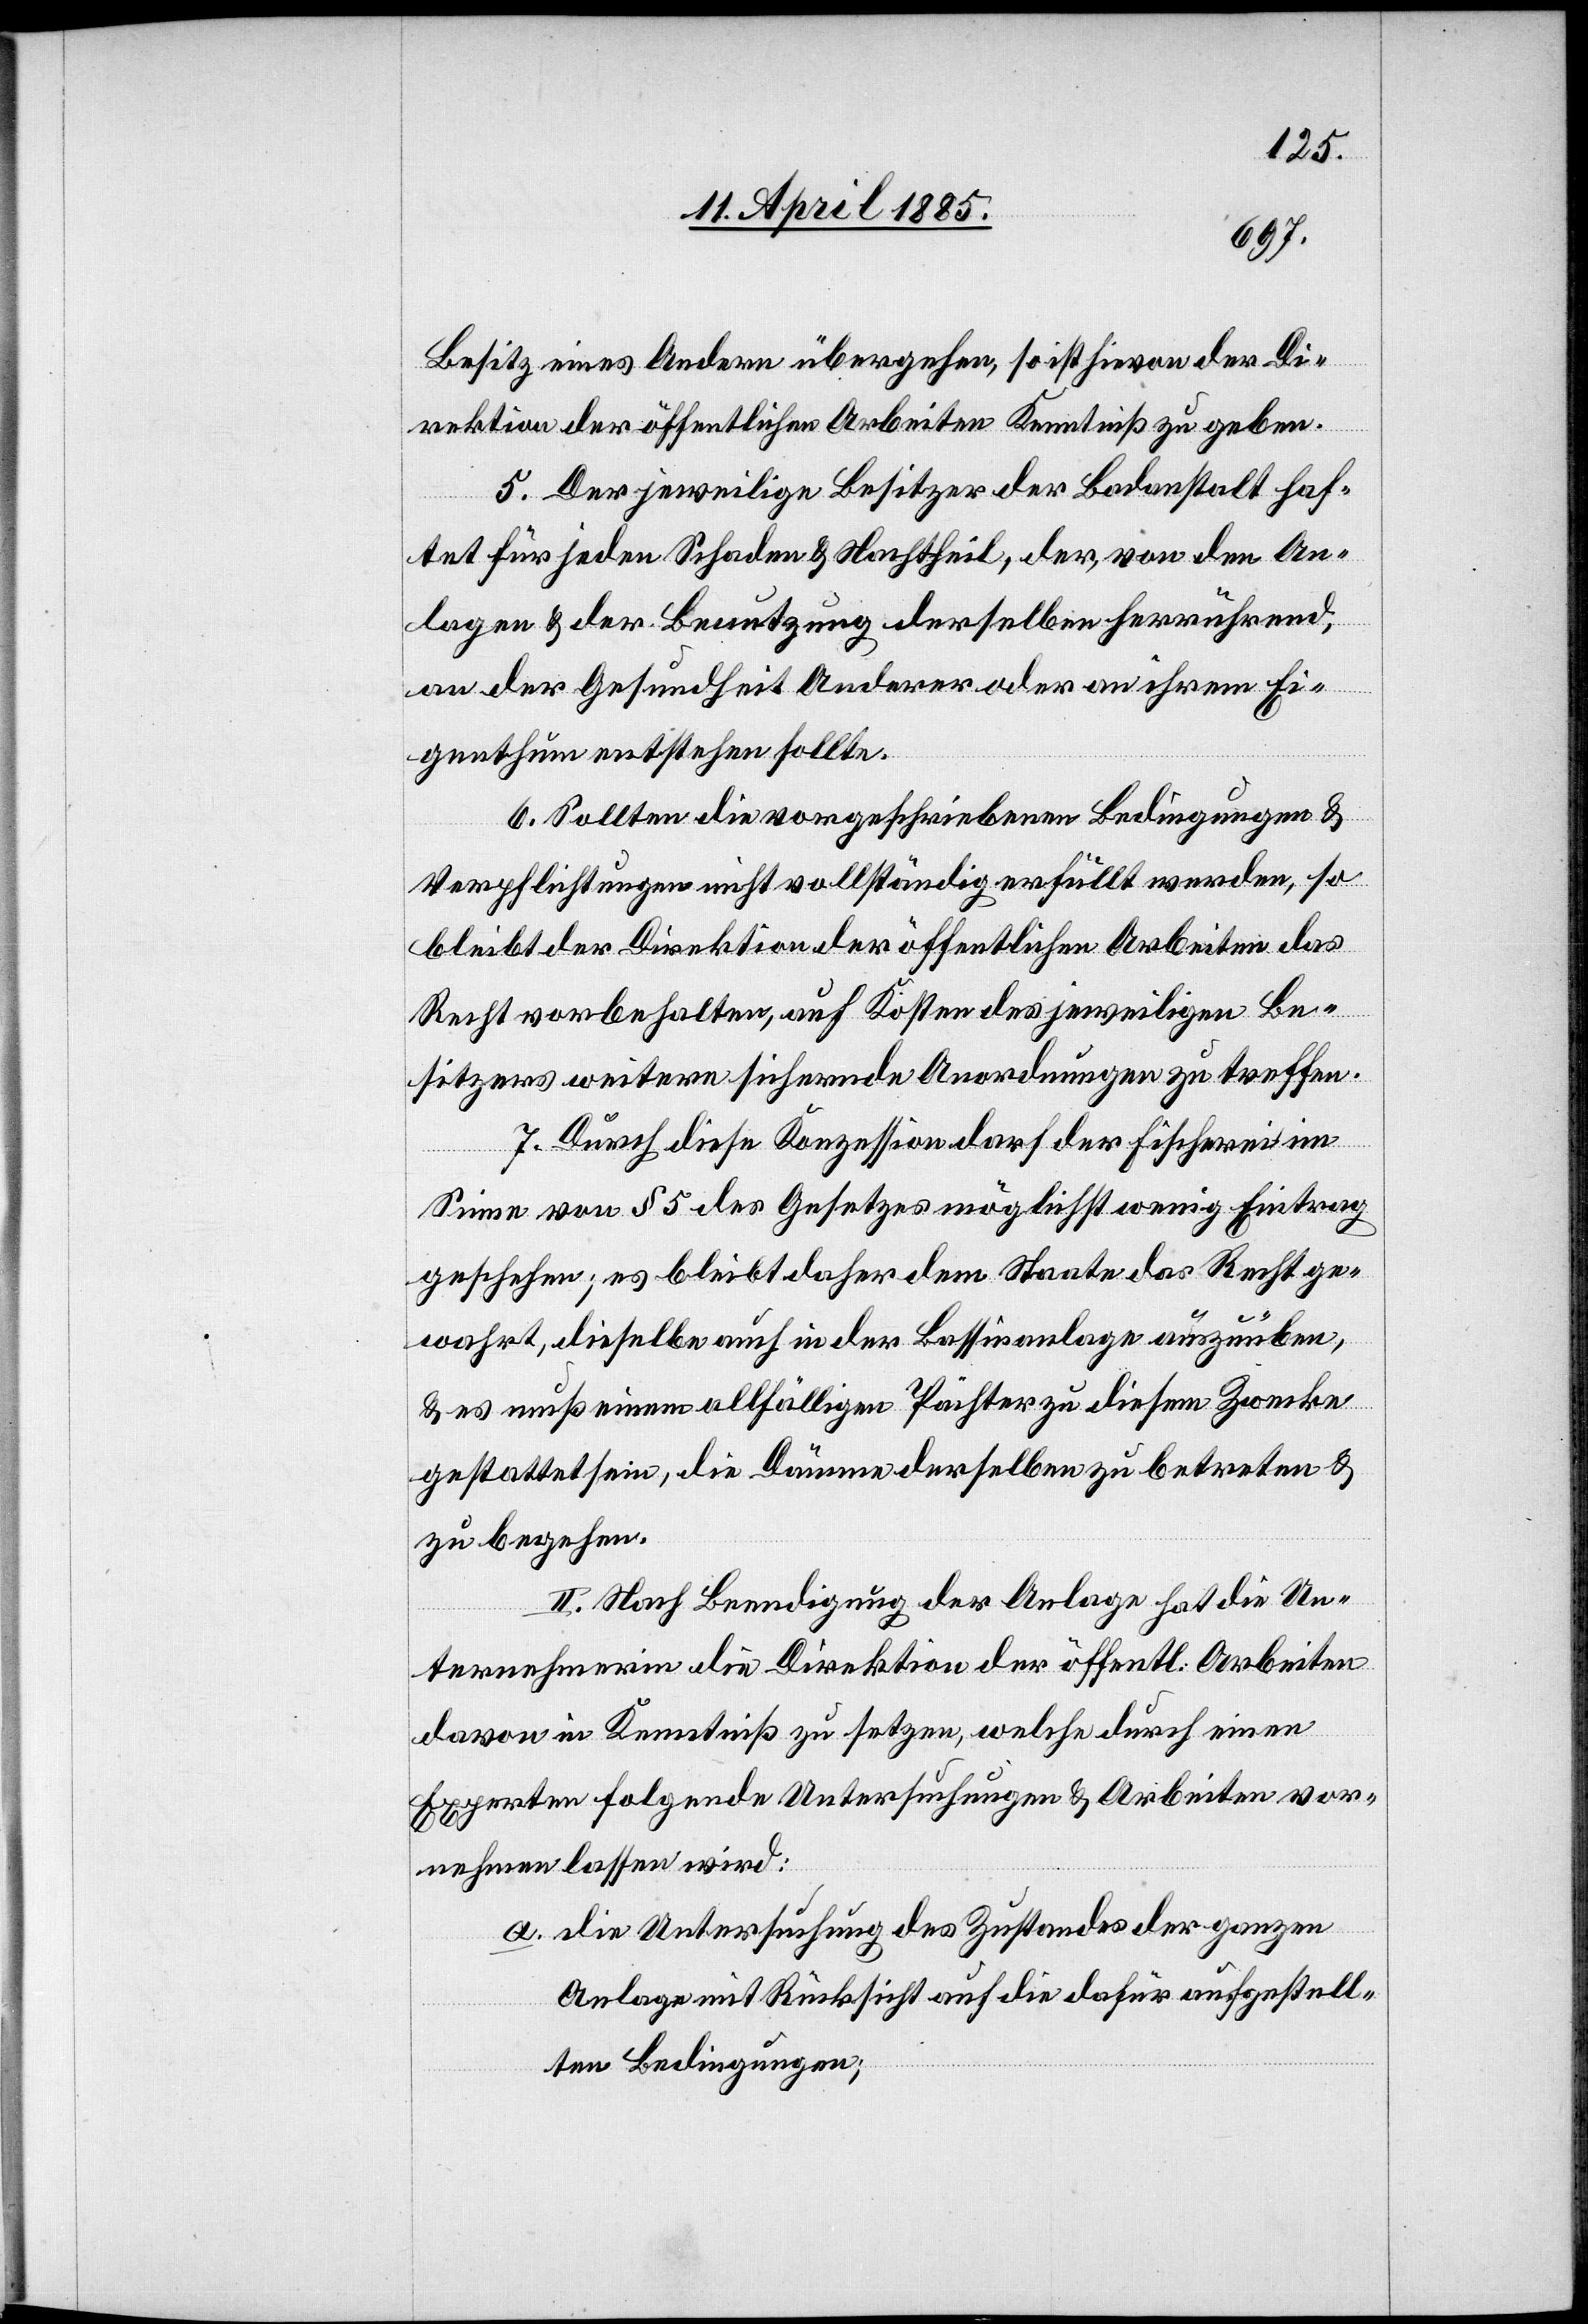
Besitz eines Andern übergehen, so ist hievon der Di¬
rektion der öffentlichen Arbeiten Kenntniß zu geben.
5. Der jeweilige Besitzer der Badanstalt haf¬
tet für jeden Schaden & Nachtheil, der, von den An¬
lagen & der Benutzung derselben herrührend,
an der Gesundheit Anderer oder an ihrem Ei¬
genthum entstehen sollte.
6. Sollten die vorgeschriebenen Bedingungen &
Verpflichtungen nicht vollständig erfüllt werden, so
bleibt der Direktion der öffentlichen Arbeiten das
Recht vorbehalten, auf Kosten des jeweiligen Be¬
sitzers weitere sichernde Anordnungen zu treffen.
7. Durch diese Konzession darf der Fischerei im
Sinne von § 5 des Gesetzes möglichst wenig Eintrag
geschehen; es bleibt daher dem Staate das Recht ge¬
wahrt, dieselbe auch in der Bassinanlage auszuüben,
& es muß einen allfälligen Pächter zu diesem Zwecke
gestattet sein, die Dämme derselben zu betreten &
zu begehen.
II. Nach Beendigung der Anlage hat die Un¬
ternehmerin die Direktion der öffentl. Arbeiten
davon in Kenntniß zu setzen, welche durch einen
Experten folgende Untersuchungen & Arbeiten vor¬
nehmen lassen wird:
a. die Untersuchung des Zustandes der ganzen
Anlage mit Rücksicht auf die dafür aufgestell¬
ten Bedingungen;